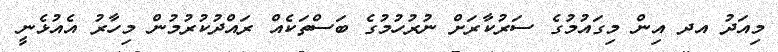
މިއަދު އދ އިން މިގައުމުގެ ސަރުކާރަށް ނުރުހުމުގެ ބަސްތަކެއް ރައްދުކުރުމުން މިހާރު އެއުޅެނީ